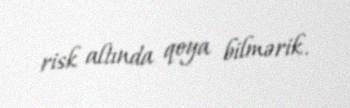
risk altında qoya bilmərik.